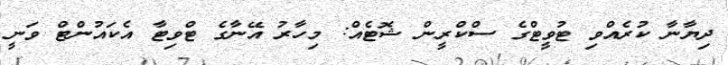
ދިޔާނާ ކުރެއްވި ޓުވީޓްގެ ސްކްރީން ޝޮޓެއް: މިހާރު އޭނާގެ ޓްވިޓާ އެކައުންޓް ވަނީ